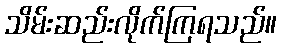
သိမ်းဆည်းလိုက်ကြရသည်။